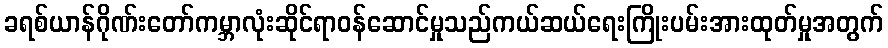
ခရစ်ယာန်ဂိုဏ်းတော်ကမ္ဘာလုံးဆိုင်ရာဝန်ဆောင်မှုသည်ကယ်ဆယ်ရေးကြိုးပမ်းအားထုတ်မှုအတွက်